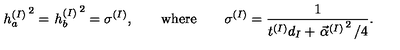
\left. h _ { a } ^ { ( I ) } \right. ^ { 2 } = \left. h _ { b } ^ { ( I ) } \right. ^ { 2 } = \sigma ^ { ( I ) } , \qquad \mathrm { w h e r e } \qquad \sigma ^ { ( I ) } = \frac { 1 } { t ^ { ( I ) } d _ { I } + \left. \vec { \alpha } ^ { ( I ) } \right. ^ { 2 } / 4 } .